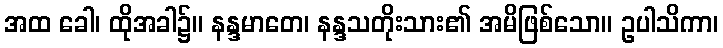
အထ ခေါ၊ ထိုအခါ၌။ နန္ဒမာတေ၊ နန္ဒသတိုးသား၏ အမိဖြစ်သော။ ဥပါသိကာ၊